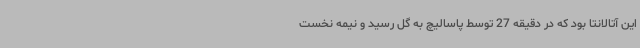
این آتالانتا بود که در دقیقه 27 توسط پاسالیچ به گل رسید و نیمه نخست